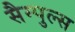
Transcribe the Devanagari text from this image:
सैम्पुल्स